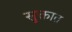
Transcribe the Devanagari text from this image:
सुक्तात